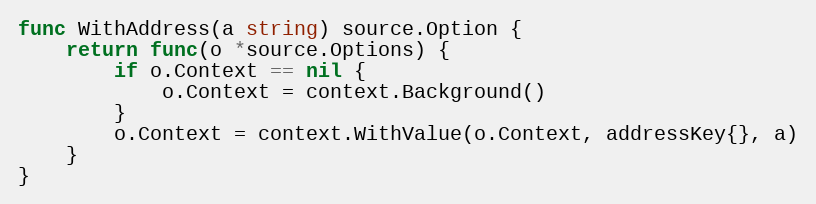
Language: Go
func WithAddress(a string) source.Option {
	return func(o *source.Options) {
		if o.Context == nil {
			o.Context = context.Background()
		}
		o.Context = context.WithValue(o.Context, addressKey{}, a)
	}
}